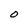
Character: O